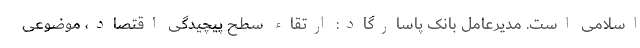
اسلامی است. مدیرعامل بانک پاسارگاد: ارتقاء سطح پیچیدگی اقتصاد، موضوعی